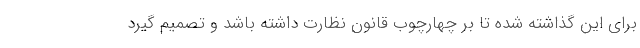
برای این گذاشته شده تا بر چهارچوب قانون نظارت داشته باشد و تصمیم گیرد